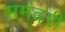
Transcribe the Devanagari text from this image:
समंदरी